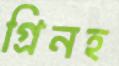
গ্রিনহ